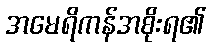
အမေရိကန်အစိုးရ၏